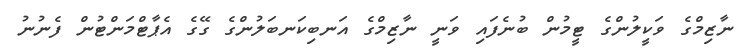
ނާޒިމްގެ ވަކީލުންގެ ޓީމުން ބުނެފައި ވަނީ ނާޒިމްގެ އަނބިކަނބަލުންގެ ގޭގެ އެޕާޓްމަންޓުން ފެނުނު